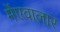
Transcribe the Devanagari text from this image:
मेंएवालार